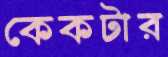
কেকটার